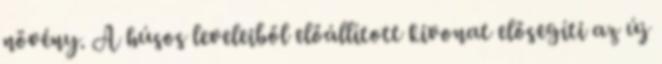
növény. A húsos leveleiből előállított kivonat elősegíti az új